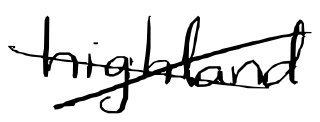
Text: highland
Cross-out: cross
Writing tool: digital_black